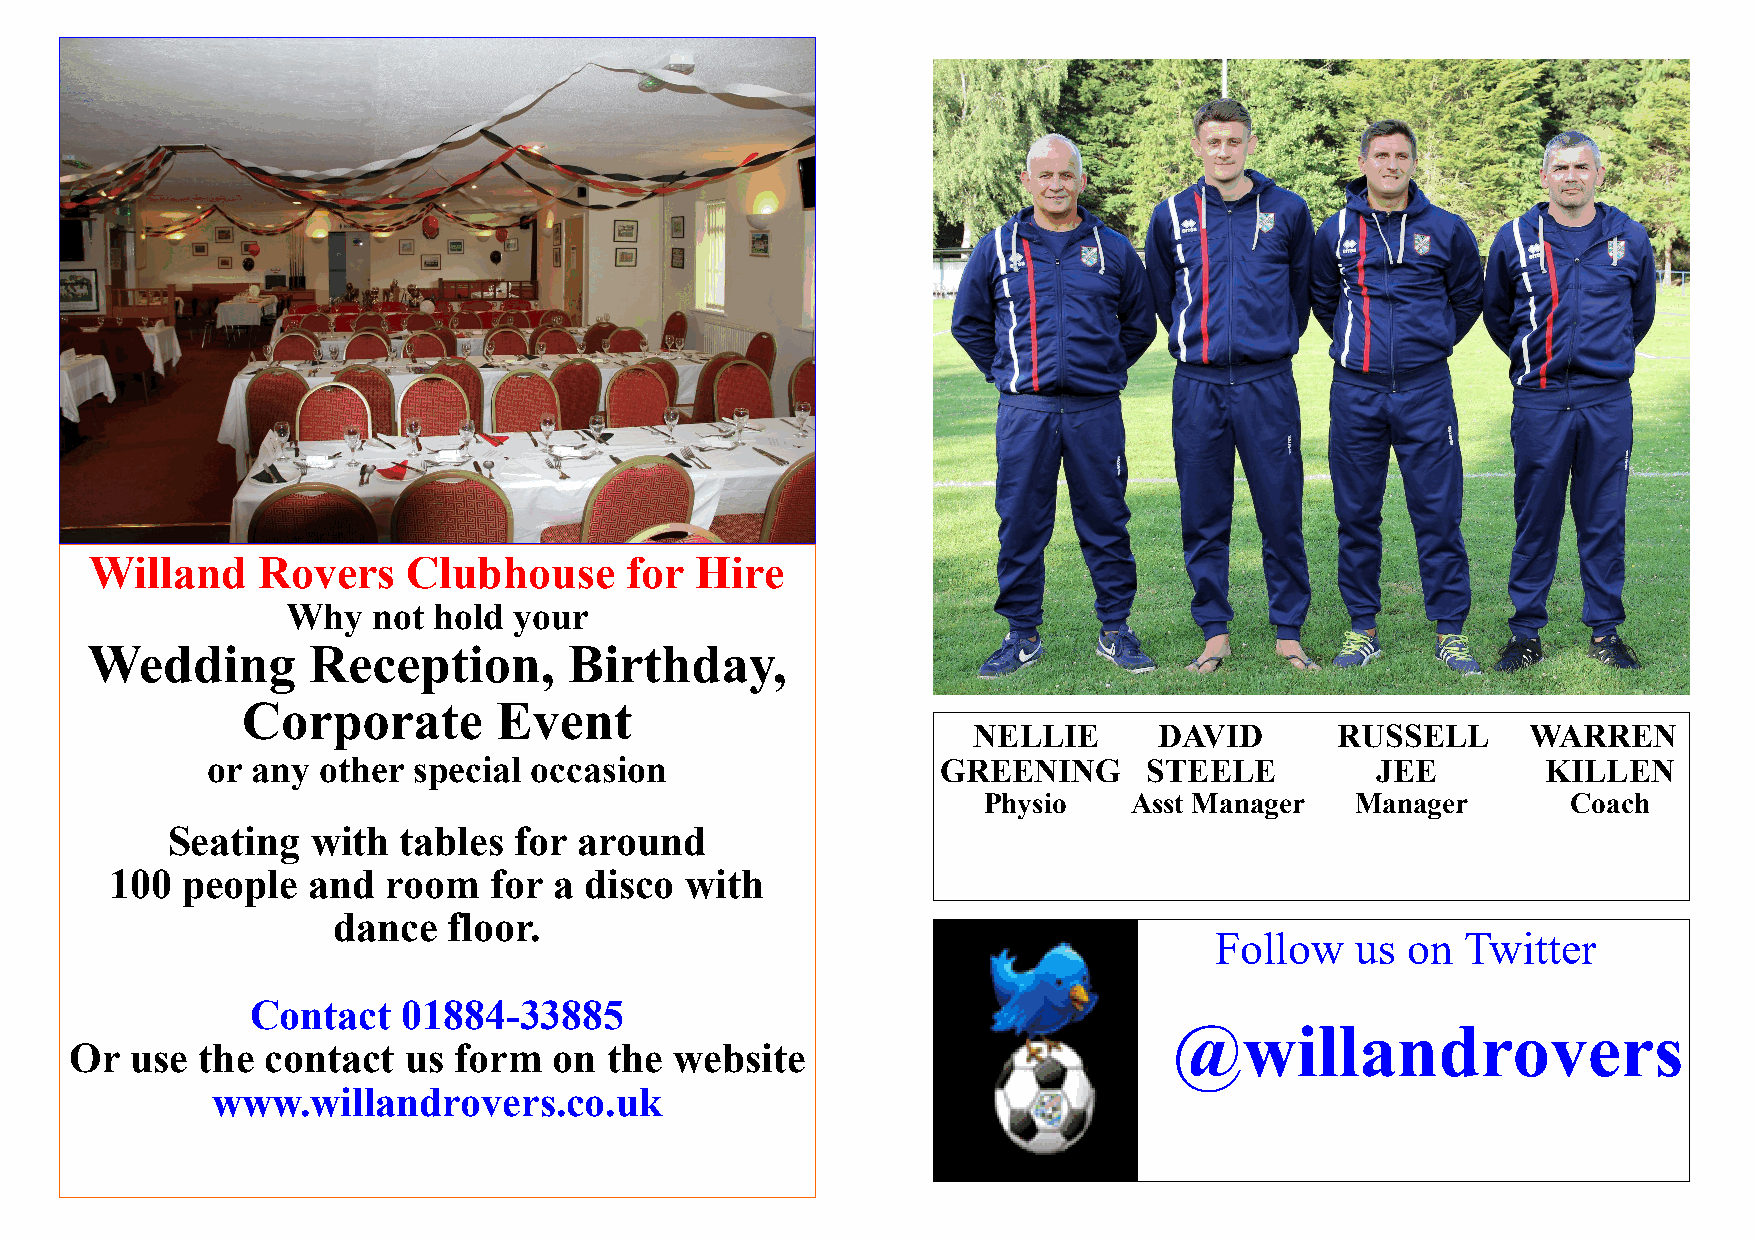
Willand    Rovers    Clubhouse      for Hire
 Why   not hold your
 Wedding       Reception,        Birthday,
 Corporate        Event
 NELLIE       DAVID       RUSSELL     WARREN
 or any other special occasion                   GREENING      STEELE         JEE        KILLEN
 Physio    Asst Manager   Manager       Coach
 Seating   with tables  for around
 100  people  and   room  for  a disco with
 dance   floor.
 Follow    us on  Twitter
 Contact   01884-33885
 @willandrovers
 Or  use the contact   us form   on the  website
 www.willandrovers.co.uk